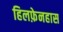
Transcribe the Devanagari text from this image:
हिलफ़ेनहास